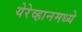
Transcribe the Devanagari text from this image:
येरेव्हानमध्ये